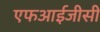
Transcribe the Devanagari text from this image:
एफआईजीसी